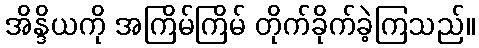
အိန္ဒိယကို အကြိမ်ကြိမ် တိုက်ခိုက်ခဲ့ကြသည်။